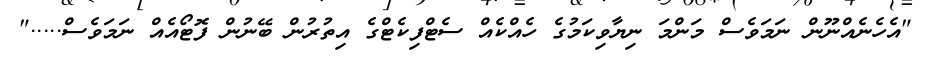
"އެހެނެއްނޫން ނަމަވެސް މަންމަ ނިޔާވިކަމުގެ ހެއްކެއް ސެޓްފިކެޓްގެ އިތުރުން ބޭނުން ފޮޓޯއެއް ނަމަވެސް....."